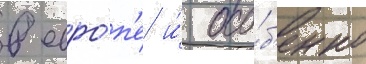
в евро́п'е и́ осо́б'енно